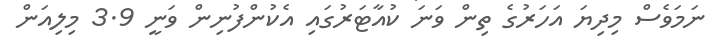
ނަމަވެސް މިދިޔަ އަހަރުގެ ތިން ވަނަ ކުއާޓަރުގައި އެކުންފުނިން ވަނީ 3.9 މިލިއަން